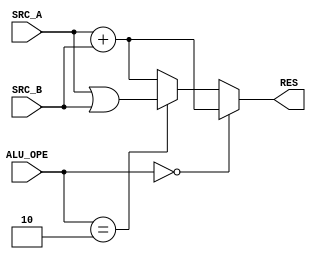
module ALU (
	 input  [1:0]  ALU_OPE,
    input  [31:0] SRC_A,
    input  [31:0] SRC_B,
	 output [31:0] RES
);

assign RES = 
  (ALU_OPE == 2'b00) ? SRC_A + SRC_B :
  (ALU_OPE == 2'b10) ? SRC_A | SRC_B :
  SRC_A + SRC_B;

endmodule